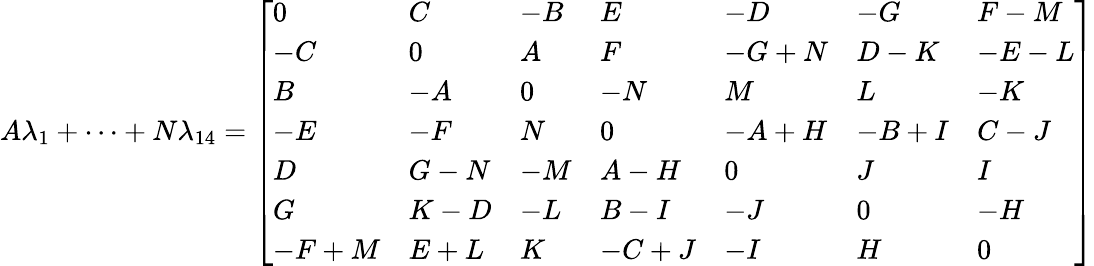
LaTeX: A\lambda_{1}+\cdots+N\lambda_{14}={\left[\begin{array}{lllllll}{0}&{C}&{-B}&{E}&{-D}&{-G}&{F-M}\\ {-C}&{0}&{A}&{F}&{-G+N}&{D-K}&{-E-L}\\ {B}&{-A}&{0}&{-N}&{M}&{L}&{-K}\\ {-E}&{-F}&{N}&{0}&{-A+H}&{-B+I}&{C-J}\\ {D}&{G-N}&{-M}&{A-H}&{0}&{J}&{I}\\ {G}&{K-D}&{-L}&{B-I}&{-J}&{0}&{-H}\\ {-F+M}&{E+L}&{K}&{-C+J}&{-I}&{H}&{0}\end{array}\right]}